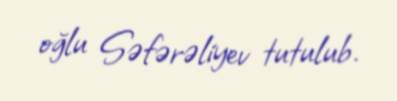
oğlu Səfərəliyev tutulub.